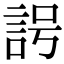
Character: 𧦢